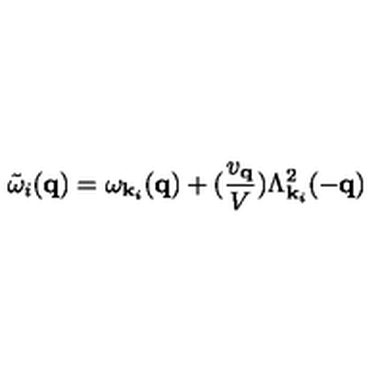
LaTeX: { \tilde { \omega } } _ { i } ( { \bf { q } } ) = \omega _ { { \bf { k } } _ { i } } ( { \bf { q } } ) + ( \frac { v _ { { \bf { q } } } } { V } ) \Lambda _ { { \bf { k } } _ { i } } ^ { 2 } ( - { \bf { q } } )